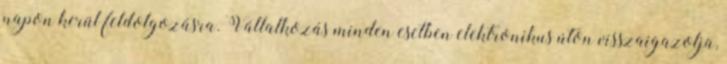
napon kerül feldolgozásra. Vállalkozás minden esetben elektronikus úton visszaigazolja,